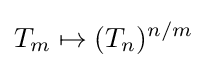
T_{m}\mapsto (T_{n})^{n/m}